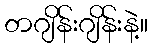
တဂျိန်းဂျိန်းနဲ့။